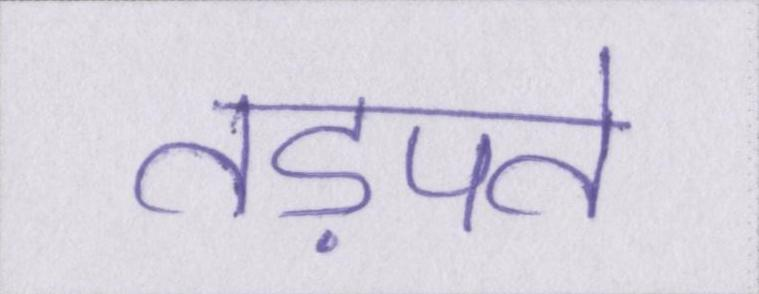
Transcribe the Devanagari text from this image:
तड़पते